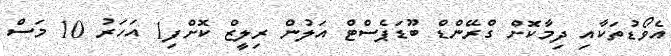
އެވޯޑުތަކާއި ދިމާކޮށް ގްރޭންޑް ބޫޑަޕެސްޓް އަލުން ރިލީޒް ކޮށްފި1 އަހަރު 10 މަސް